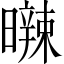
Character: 𣋩